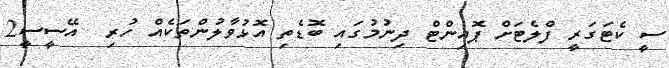
ސީ ކެޓަގަރީ ފްލެޓަށް ޕޮއިންޓް ދިނުމުގައި ބޮޑެތި އޮޅުވާލުންތަކެއް ހުރި  އޭސީސީ2